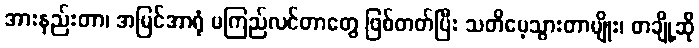
အားနည်းတာ၊ အမြင်အာရုံ မကြည်လင်တာတွေ ဖြစ်တတ်ပြီး သတိမေ့သွားတာမျိုး၊ တချို့ဆို